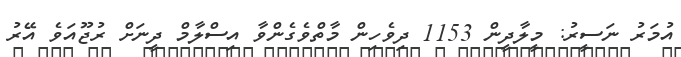
އުމަރު ނަސީރު: މީލާދީން 1153 ދިވެހިން މާތްވެގެންވާ އިސްލާމް ދީނަށް ރުޖޫއަވެ އޭރު